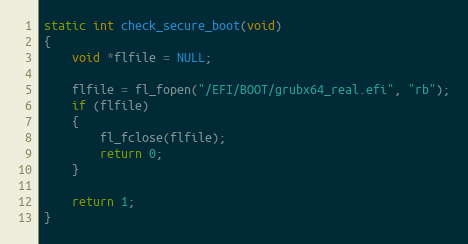
Language: C
static int check_secure_boot(void)
{
    void *flfile = NULL;

    flfile = fl_fopen("/EFI/BOOT/grubx64_real.efi", "rb");
    if (flfile)
    {
        fl_fclose(flfile);
        return 0;
    }

    return 1;
}